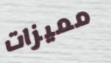
مميزات